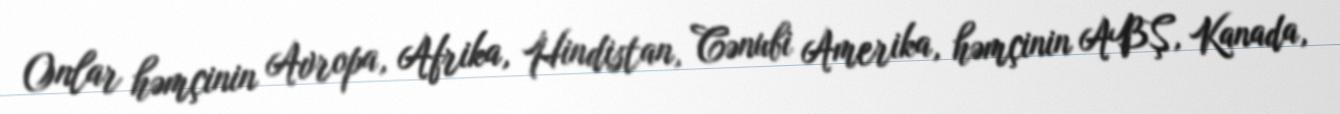
Onlar həmçinin Avropa, Afrika, Hindistan, Cənubi Amerika, həmçinin ABŞ, Kanada,